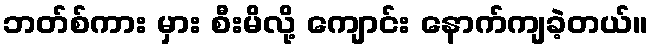
ဘတ်စ်ကား မှား စီးမိလို့ ကျောင်း နောက်ကျခဲ့တယ်။